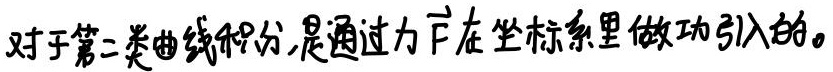
对于第二类曲线积分,是通过力$\vec{F}$在坐标系里做功引入的。